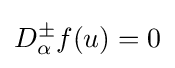
D_{\alpha }^{\pm }f(u)=0